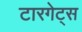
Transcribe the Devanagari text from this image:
टारगेट्स